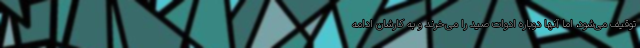
توقیف می‌شود، اما آنها دوباره ادوات صید را می‌خرند و به کارشان ادامه